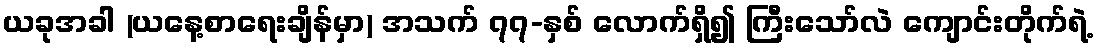
ယခုအခါ (ယနေ့စာရေးချိန်မှာ) အသက် ၇၇-နှစ် လောက်ရှိ၍ ကြီးသော်လဲ ကျောင်းတိုက်ရဲ့